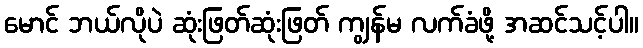
မောင် ဘယ်လိုပဲ ဆုံးဖြတ်ဆုံးဖြတ် ကျွန်မ လက်ခံဖို့ အဆင်သင့်ပါ။